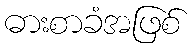
ဓားစာခံအဖြစ်